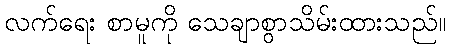
လက်ရေး စာမူကို သေချာစွာသိမ်းထားသည်။